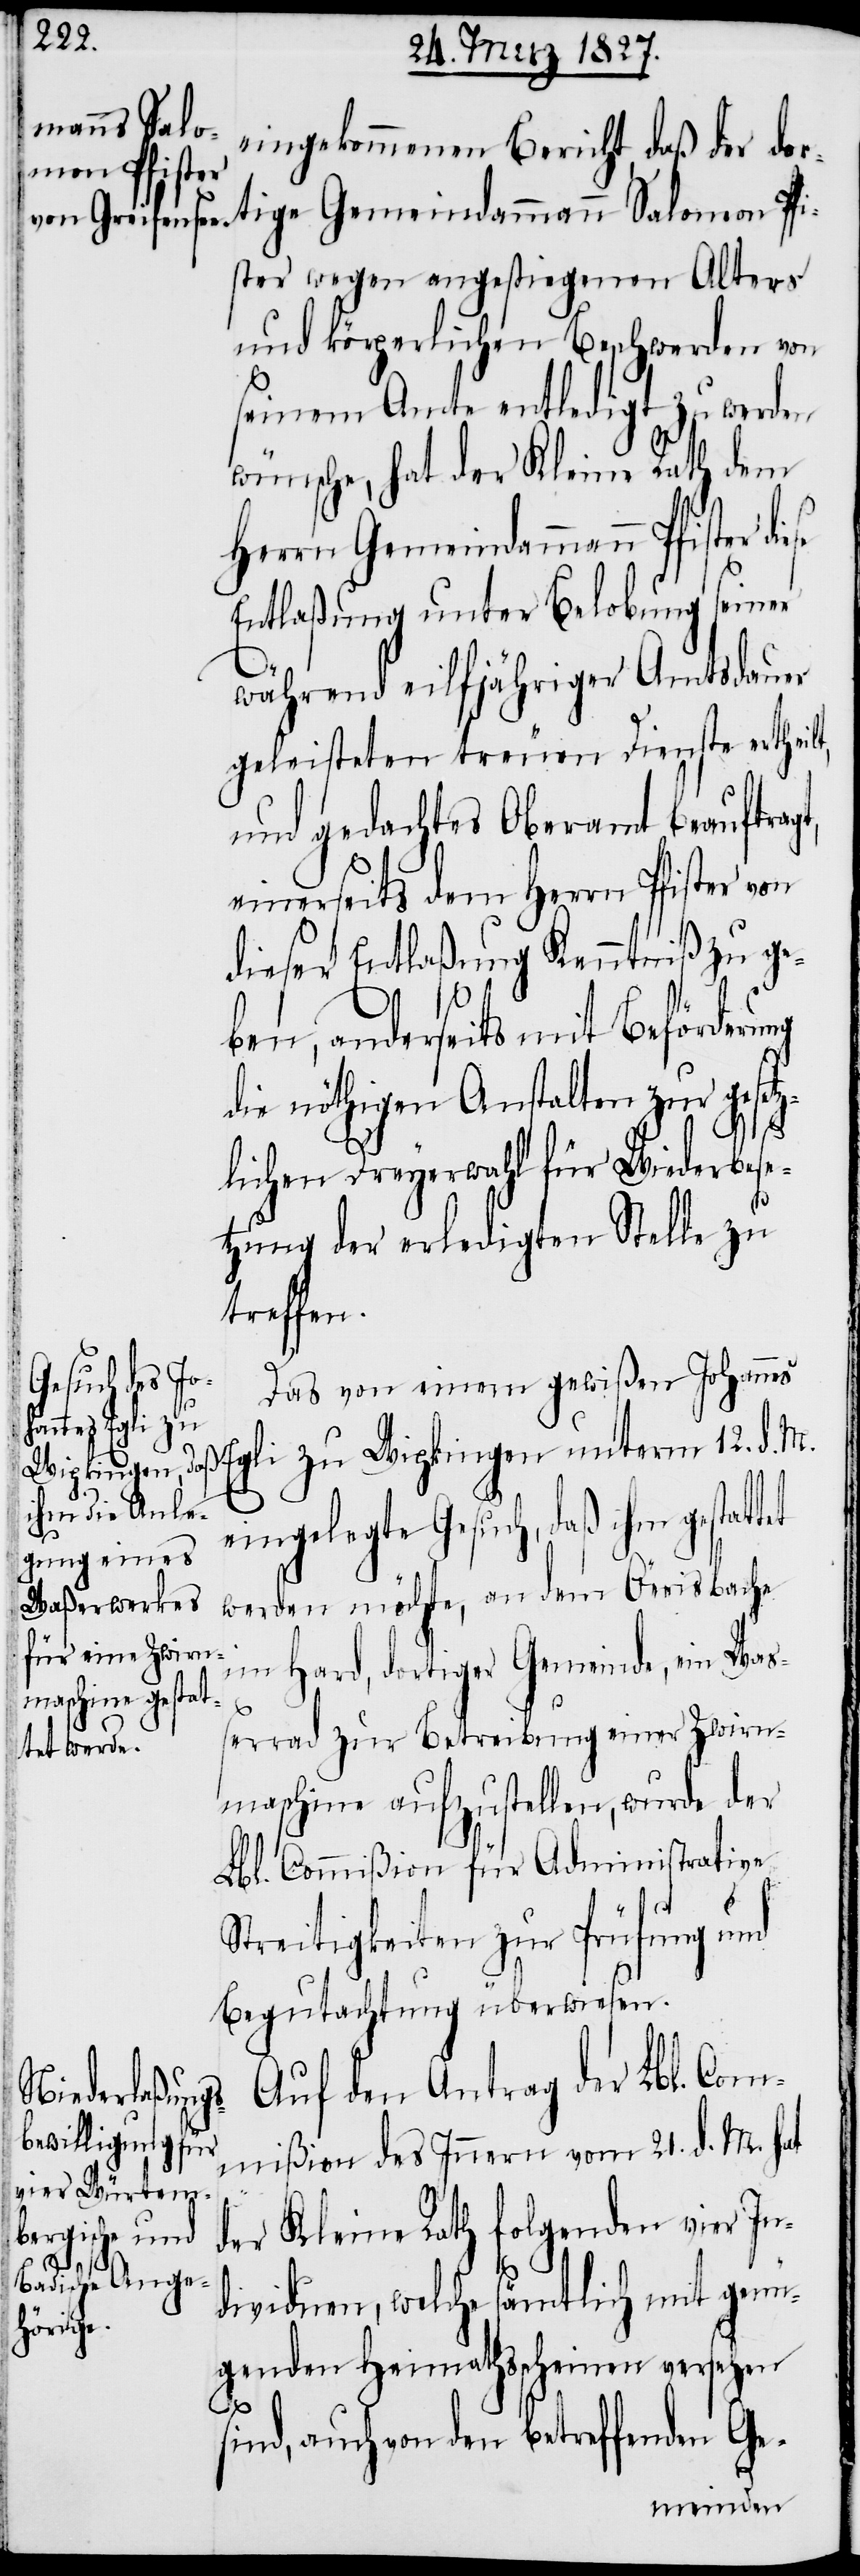
eingekommenen Bericht, daß der dor¬
tige Gemeindammann Salomon Pfi¬
ster wegen angestiegenen Alters
und körperlichen Beschwerden von
seinem Amte entledigt zu werden
wünsche, hat der Kleine Rath dem
Herrn Gemeindammann Pfister di¬
Entlaßung unter Belobung seiner
während eilfähriger Amtsdauer
geleisteten treuen Dienste ertheil¬
und gedachtes Oberamt beauftrag¬
einerseits dem Herrn Pfister von
dieser Entlaßung Kenntniß zu ge¬
t,
ben, anderseits mit Beförderung
die nöthigen Anstalten zur gesetz¬
lichen Dreyerwahl für Wiederbese¬
tzung der erledigten Stelle zu
treffen.
Das von einem gewißen Johannes
Egli zu
eingelegte Gesuch, daß ihm gestattet
werden möchte, an dem Öerisbache
im Hard, dortiger Gemeinde, ein Waß¬
errad zur Betreibung einer Zwirn¬
maschine aufzustellen, wurde der
Lbl. Commißion für Administrative
Streitigkeiten zur Prüfung und
Begutachtung überwiesen.
Auf den Antrag der Lbl. Com¬
Wipkingen un¬
mißion des Innern vom 21. d. M. hat
Kleine Rath folgenden vier In¬
der
term
dividuen, welche sämtlich mit genü¬
genden Heimathscheinen versehen
M.
sind, auch von den betreffenden Ge-